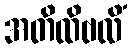
အတိထိဗလိံ